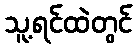
သူ့ရင်ထဲတွင်